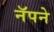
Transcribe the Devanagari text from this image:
नॅपने